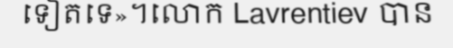
ទៀតទេ»។លោក Lavrentiev បាន